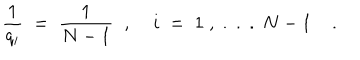
LaTeX: \frac { 1 } { q _ { i } } \; = \; \frac { 1 } { N - 1 } \; \; , \; i \; = \; 1 \; , \; . \; . \; . \; N - 1 \; .